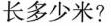
长多少米?